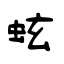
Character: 蚿